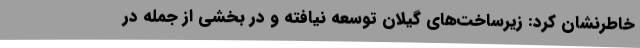
خاطرنشان کرد: زیرساخت‌های گیلان توسعه نیافته و در بخشی از جمله در